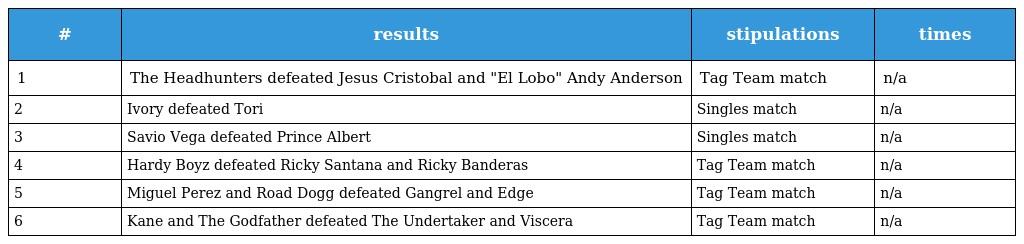
| # | results | stipulations | times |
 | --- | --- | --- | --- |
 | 1 | The Headhunters defeated Jesus Cristobal and "El Lobo" Andy Anderson | Tag Team match | n/a |
 | 2 | Ivory defeated Tori | Singles match | n/a |
 | 3 | Savio Vega defeated Prince Albert | Singles match | n/a |
 | 4 | Hardy Boyz defeated Ricky Santana and Ricky Banderas | Tag Team match | n/a |
 | 5 | Miguel Perez and Road Dogg defeated Gangrel and Edge | Tag Team match | n/a |
 | 6 | Kane and The Godfather defeated The Undertaker and Viscera | Tag Team match | n/a |